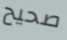
صحيح